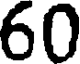
60